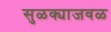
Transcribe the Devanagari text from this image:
सुळक्याजवळ